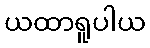
ယထာရူပါယ